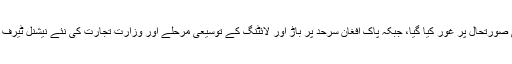
اجلاس میں امن و امان اور معاشی صورتحال پر غور کیا گیا، جبکہ پاک افغان سرحد پر باڑ اور لائٹنگ کے توسیعی مرحلے اور وزارت تجارت کی نئے نیشنل ٹیرف پالیسی کی منظوری بھی دی گئی۔